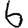
Digit: 6